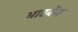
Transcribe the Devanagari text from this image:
आरबेंज़